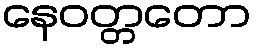
နေဝတ္တတော